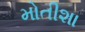
મોતીશા